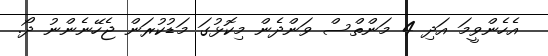
އެހެންވީމަ އަދި 4 މަންތްސް ވަންދެން މިކޮޅުގަ މަޑުކުރަން ޖެހޭނެންނު ދޯ.